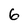
Character: 6